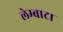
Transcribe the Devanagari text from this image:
लेम्बाटा